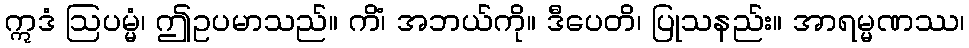
ဣဒံ ဩပမ္မံ၊ ဤဥပမာသည်။ ကိံ၊ အဘယ်ကို။ ဒီပေတိ၊ ပြုသနည်း။ အာရမ္မဏဿ၊